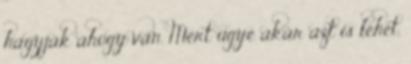
hagyják ahogy van. Mert ugye akár azt is lehet,